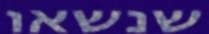
שנשאו